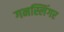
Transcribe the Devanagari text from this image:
गनस्लिंगर